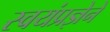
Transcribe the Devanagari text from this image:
स्वयंप्रज्ञेने